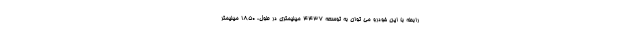
رابطه با این خودرو می توان به توسعه 4437 میلیمتری در طول، 1850 میلیمتر